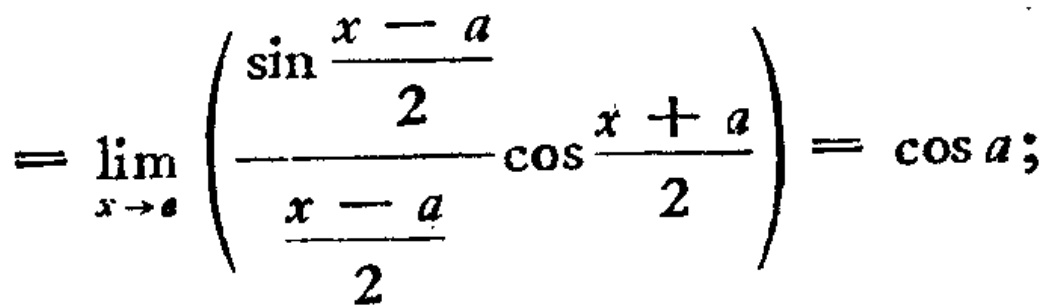
\[=\lim_{x \to a} \left(\frac{\sin\frac{x - a}{2}}{\frac{x - a}{2}}\cos\frac{x + a}{2}\right)=\cos a;\]